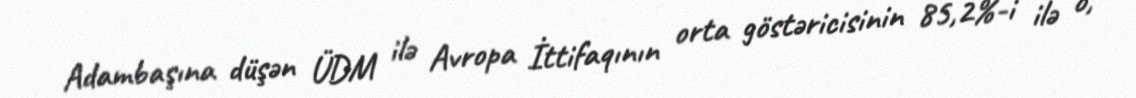
Adambaşına düşən ÜDM ilə Avropa İttifaqının orta göstəricisinin 85,2%-i ilə o,